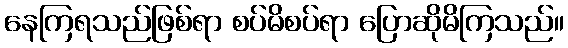
နေကြရသည်ဖြစ်ရာ စပ်မိစပ်ရာ ပြောဆိုမိကြသည်။